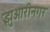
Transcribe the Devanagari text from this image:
झुआरीनगर